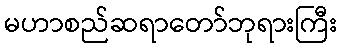
မဟာစည်ဆရာတော်ဘုရားကြီး